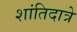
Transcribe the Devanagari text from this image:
शांतिदात्रे